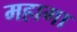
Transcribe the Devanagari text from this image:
महागा